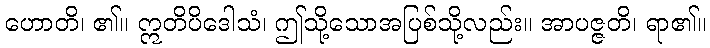
ဟောတိ၊ ၏။ ဣတိပိဒေါသံ၊ ဤသို့သောအပြစ်သို့လည်း။ အာပဇ္ဇတိ၊ ရာ၏။